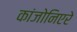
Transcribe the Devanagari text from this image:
कांजोनिएरे